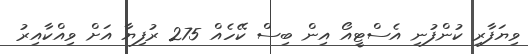
ވިޔަފާރި ކުންފުނި އެސްޓީއޯ އިން ބިސް ކޭހެއް 275 ރުފިޔާ އަށް ވިއްކާއިރު